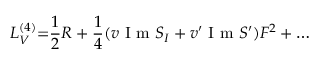
{ \cal L } _ { V } ^ { ( 4 ) } { = } { \frac { 1 } { 2 } } R + { \frac { 1 } { 4 } } ( v \makebox { I m } S _ { I } + v ^ { \prime } \makebox { I m } S ^ { \prime } ) F ^ { 2 } + \dots